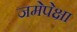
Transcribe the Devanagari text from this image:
जमेपेक्षा